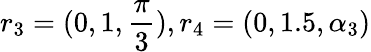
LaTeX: r_{3}=(0,1,\frac{\pi}{3}),r_{4}=(0,1.5,\alpha_{3})